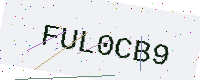
Text: FUL0CB9